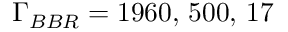
\Gamma _ { B B R } = 1 9 6 0 , \, 5 0 0 , \, 1 7